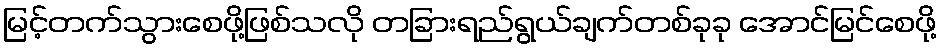
မြင့်တက်သွားစေဖို့ဖြစ်သလို တခြားရည်ရွယ်ချက်တစ်ခုခု အောင်မြင်စေဖို့